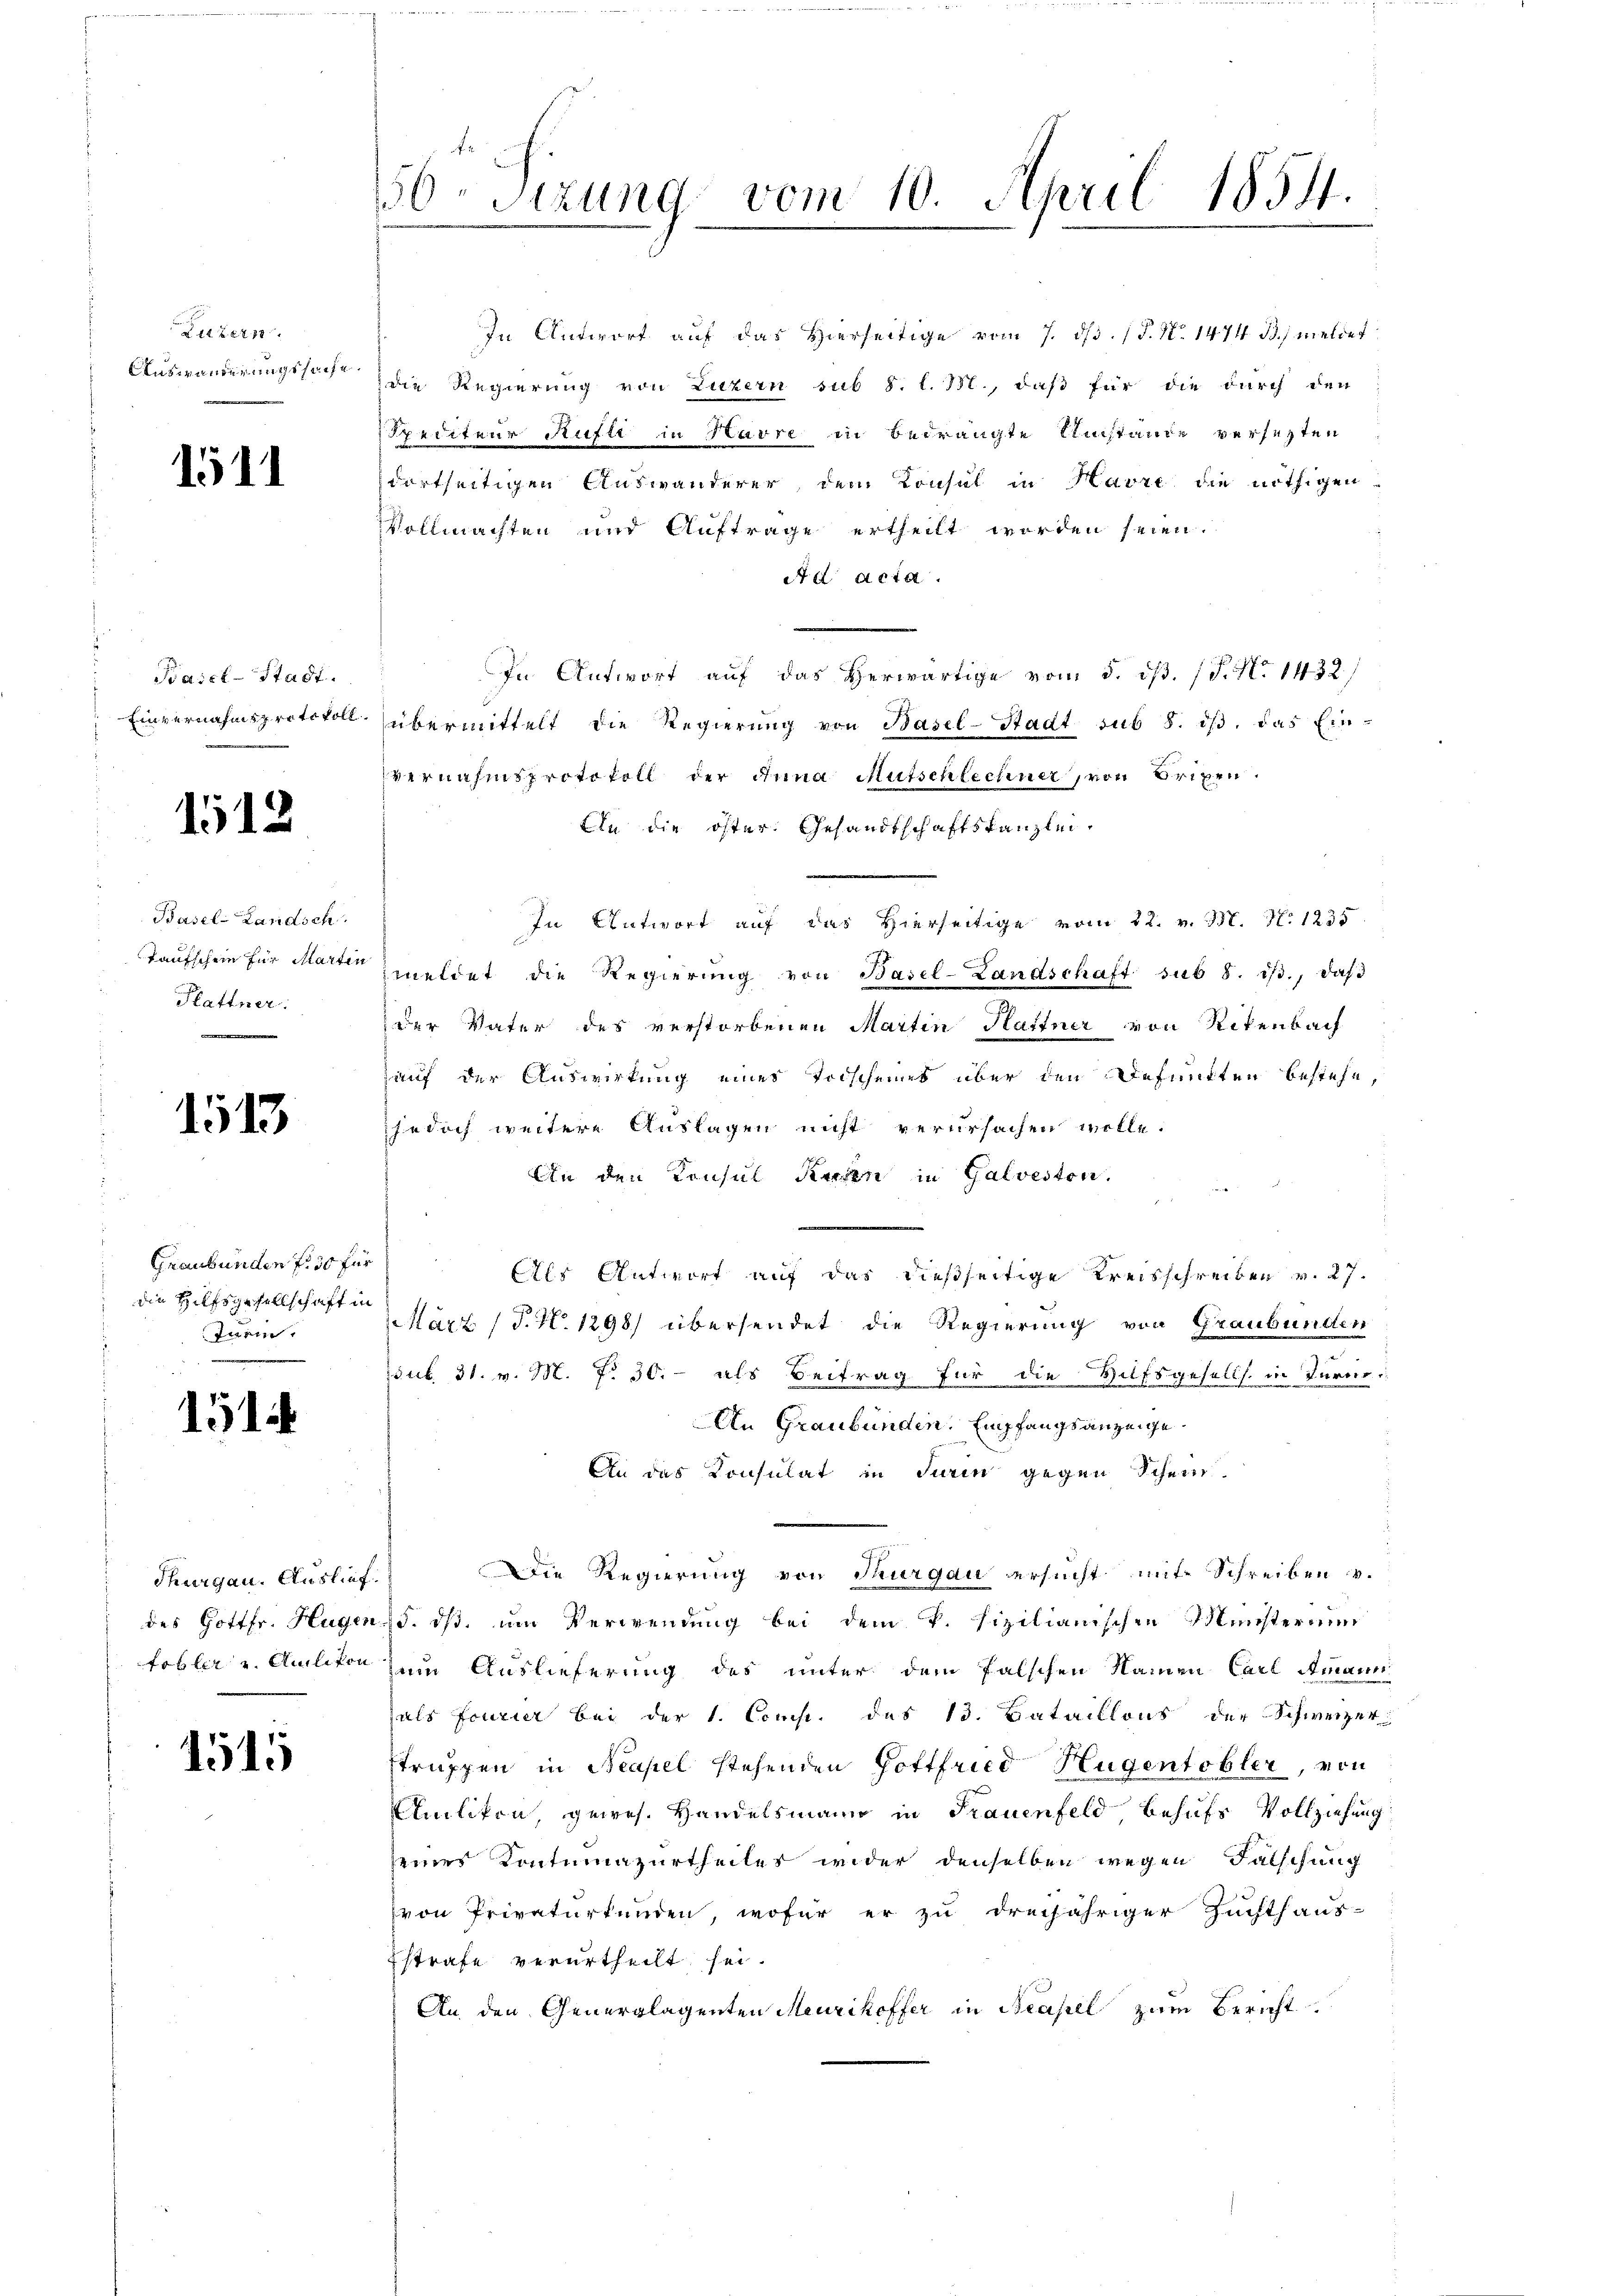
Litter
Auswanderungssache.

1511

.
Basel-Stadt.
Einvernahmsprotokoll.

1512

Basel-Landsch
Taufschein für Marten
Plattner.
.

1513

Graubünden f. 50 für
die Hilfsgesellschaft in
Turin.

1514

Thurgau. Auslief.
des Gottfr. Hugen
fohler und Aniliton

1515

56. Sizung vom 10. April 1854.

Spediteur Rufte in Havre in bedrängte Umstande versezten
dortseitigen Auswanderer, dem Consul in Havre die nöthigen
Vollmachten und Auftrage ertheilt worden seien.
Ad acta.
In Antwort aŭf das herwärtige vom 5. dβ. (T. No 1432)
übermittelt die Regierŭng von Basel-Stadt sub 8. dβ, das Ein-
vernahmsprotokoll der Anna Mutschlechner, von Brixen.
An die öster Gesandtschaftskanzlei¬
In Antwort auf das Hierseitige vom 22. v. Bl. N. 1235
meldet die Regierŭng von Basel-Landschaft sub 8. dβ., daβ
der Vater des verstorbenen Martin Hartner von Rikenbach
auf der Auswirkung einer Torschenes über den Befuncten bestehe,
jedoch weitere Auslagen nicht verursachen wolle.
An den Konsul Kuren in Galveston.
Als Antwort auf das dießseitige Kreisschreiben v. 27.
März (T. N. 1298) übersendet die Regierung von Graubünden
psub. 31. v. M. P. 30. - als Beitrag für die Hufsgesells in Turcin
An Graubünden. Empfangsanzeige.
An das Consulat in Turin gegen Schein
.
Die Regierung von Thurgau ersucht mit Schreiben v.
d. ist. um Verwendung bei dem V. fizilianischen Münsteram
um Auslieferung des unter dem falschen Namen Carl Ammann
als Fourier bei der 1. Comp. des 13. Bataillons der Schweizer
struppen in Neapel stehenden Hoftfried Hugentobler, von
Amlikon gewes. Handelsmann in Frauenfeld behufs Vollziehung
seines Kontumazurtheiles wider denselben wegen Falschung
von Privaturkunden, wofür er zu dreijähriger Zuchthaus-
strafe verurtheilt sei.
An den Generglagenten Meurikoffer in Beapel zum Bericht.

In Antwort auf das Hierseitige vom 7. dβ. / P. Nr. 1474 B., meldet
die Regierung von Luzern sub 8. l. 131., daß für die durch den